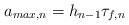
LaTeX: \begin{align*}a_{max,n} = h_{n-1} \tau_{f,n}\end{align*}